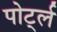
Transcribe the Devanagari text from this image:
पोर्ट्ल